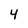
Character: 4